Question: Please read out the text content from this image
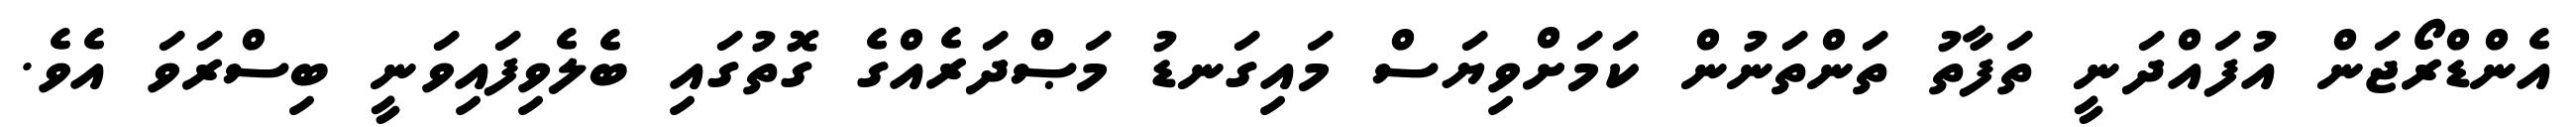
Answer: އެންޑްރޯޖަން އުފައްދަނީ ތަފާތު ތަންތަނުން ކަމަށްވިޔަސް މައިގަނޑު މަޞްދަރެއްގެ ގޮތުގައި ބެލެވިފައިވަނީ ބިސްރަވަ އެވެ.